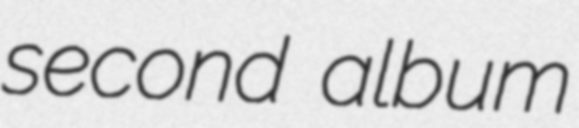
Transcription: second album